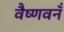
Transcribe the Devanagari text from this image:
वैष्णवनँ